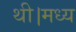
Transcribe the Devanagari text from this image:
थी।मध्य